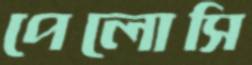
পেলোসি